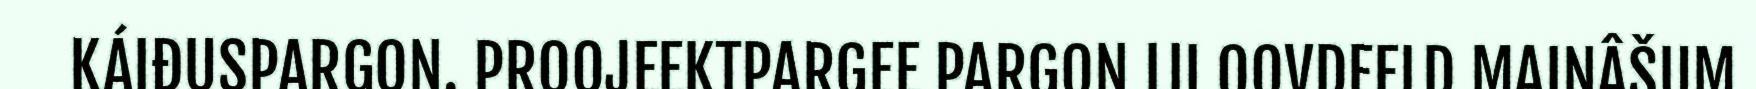
KÁIĐUSPARGON. PROOJEEKTPARGEE PARGON LII OOVDEELD MAINÂŠUM